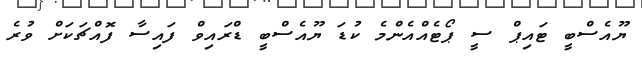
ޔޫއެސްބީ ޓައިޕް ސީ ޕޯޓެއްއެންމެ ކުޑަ ޔޫއެސްބީ ޑްރައިވް ފައިސާ ފޮއްޗަކަށް ވުރެ